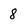
Character: 8